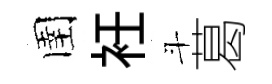
圉衽斗葛